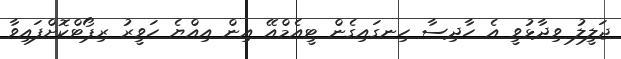
ޖަލީލު ވިދާޅުވީ އެ ހާދިސާ ހިނގައިގެން ޓީއެމްއޭ އިން އިއްޔެ ހަވީރު ރިޕޯޓްކޮށްފައިވާ